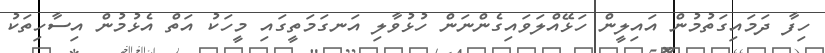
ހިފާ ދަމައިގަތުމުން އައިލީން ހަޅޭއްލަވައިގެންނަން ހުޅުވާލި އަނގަމަތީގައި މީހަކު އަތް އެޅުމުން އިސާހިތަކު